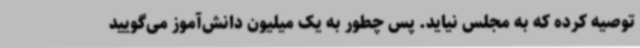
توصیه کرده که به مجلس نیاید. پس چطور به یک میلیون دانش‌آموز می‌گویید